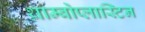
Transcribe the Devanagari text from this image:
थ्राम्बोप्लास्टिन